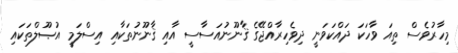
މިހާރުވެސް ތިއަ ވާހަކަ ދައްކަވަނީ ދިވެހިރާއްޖޭގެ ޤާނޫނުއަސާސީ އާއި ޤާނޫނުތަކާއި އިސްލަމީ އުޞޫލްތަކައި